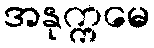
အနုက္ကမေ